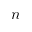
n